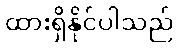
ထားရှိနိုင်ပါသည်